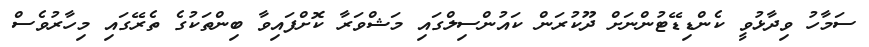
ސަމާހު ވިދާޅުވީ ކެންޑިޑޭޓުންނަށް ދޫކުރަން ކައުންސިލްގައި މަޝްވަރާ ކޮށްފައިވާ ބިންތަކުގެ ތެރޭގައި މިހާރުވެސް